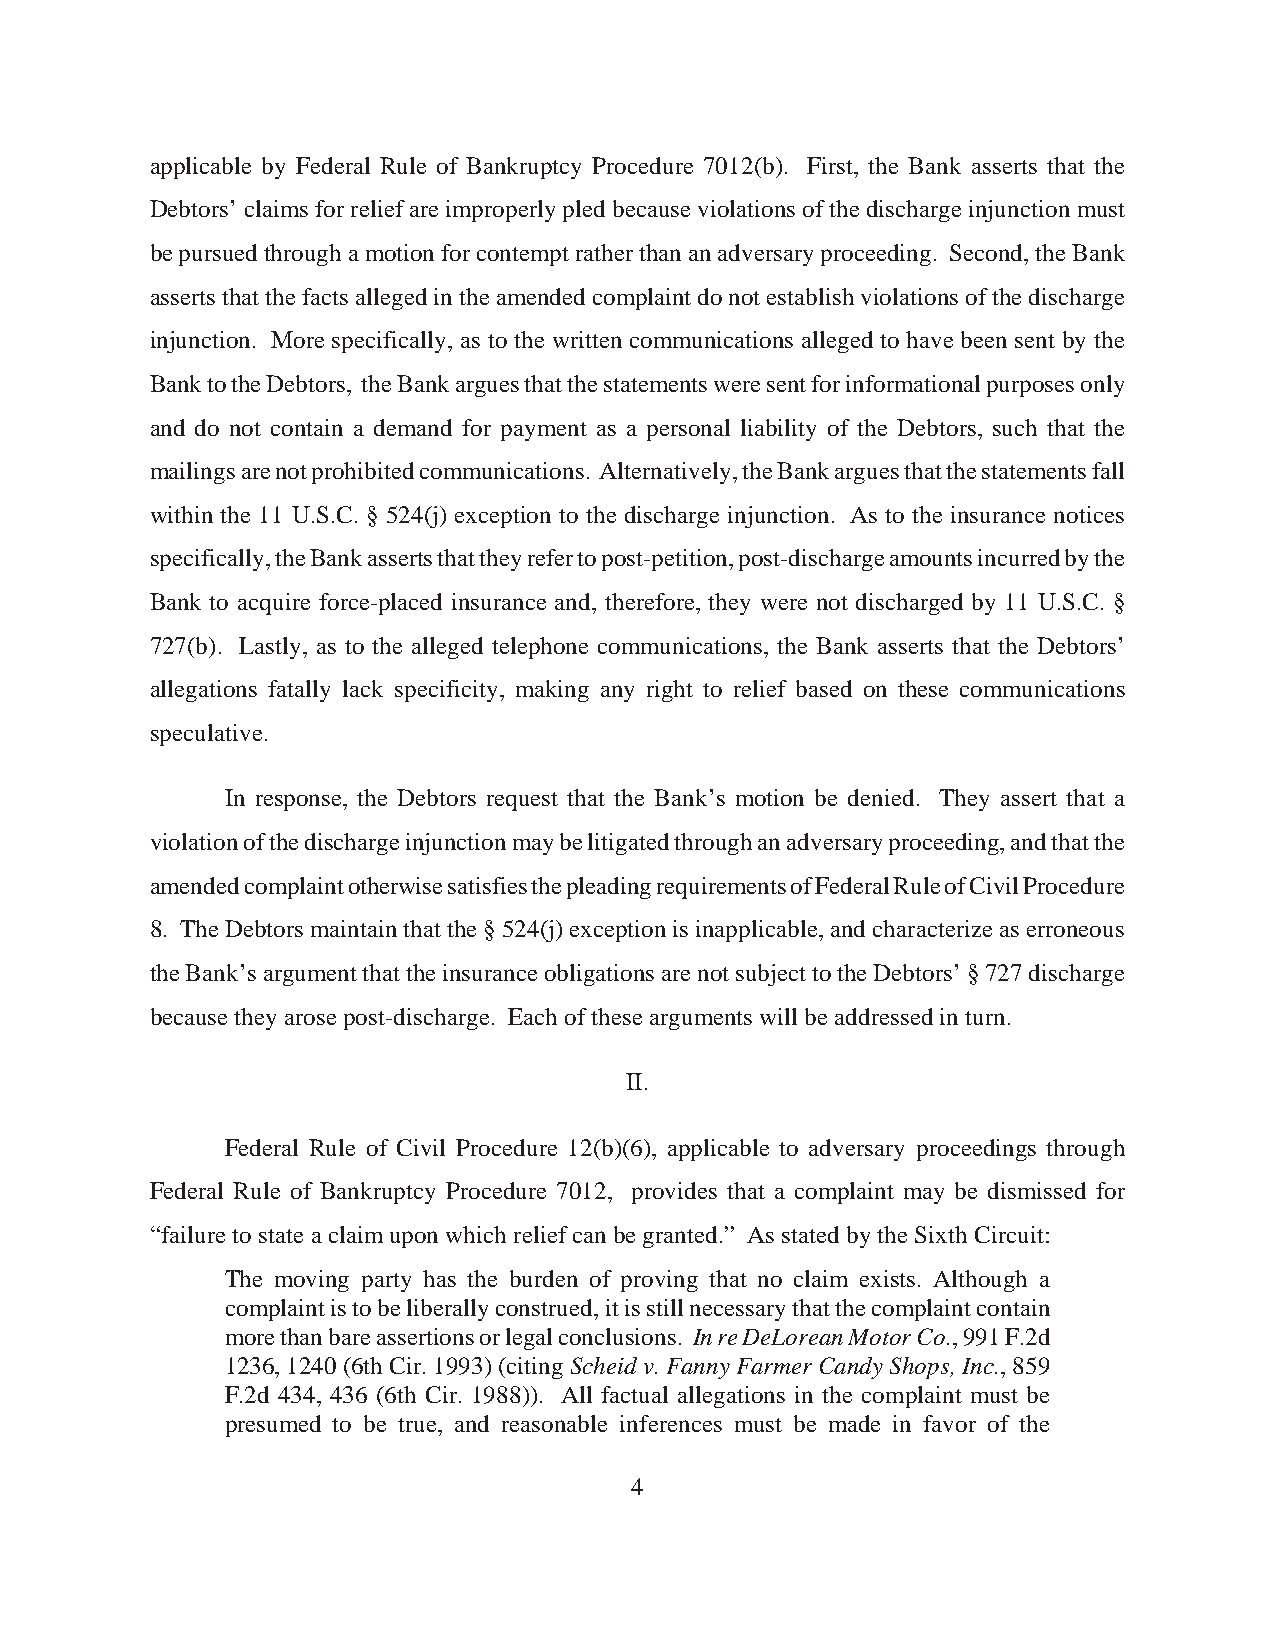
applicable by Federal Rule of Bankruptcy Procedure 7012(b). First, the Bank asserts that the
 Debtors’ claims for relief are improperly pled because violations of the discharge injunction must
 be pursued through a motion for contempt rather than an adversary proceeding. Second, the Bank
 asserts that the facts alleged in the amended complaint do not establish violations of the discharge
 injunction. More specifically, as to the written communications alleged to have been sent by the
 Bank to the Debtors, the Bank argues that the statements were sent for informational purposes only
 and do not contain a demand for payment as a personal liability of the Debtors, such that the
 mailings are not prohibited communications. Alternatively, the Bank argues that the statements fall
 within the 11 U.S.C. § 524(j) exception to the discharge injunction. As to the insurance notices
 specifically, the Bank asserts that they refer to post-petition, post-discharge amounts incurred by the
 Bank to acquire force-placed insurance and, therefore, they were not discharged by 11 U.S.C. §
 727(b). Lastly, as to the alleged telephone communications, the Bank asserts that the Debtors’
 allegations fatally lack specificity, making any right to relief based on these communications
 speculative.
 In response, the Debtors request that the Bank’s motion be denied. They assert that a
 violation of the discharge injunction may be litigated through an adversary proceeding, and that the
 amended complaint otherwise satisfies the pleading requirements of Federal Rule of Civil Procedure
 8. The Debtors maintain that the § 524(j) exception is inapplicable, and characterize as erroneous
 the Bank’s argument that the insurance obligations are not subject to the Debtors’ § 727 discharge
 because they arose post-discharge. Each of these arguments will be addressed in turn.
 II.
 Federal Rule of Civil Procedure 12(b)(6), applicable to adversary proceedings through
 Federal Rule of Bankruptcy Procedure 7012, provides that a complaint may be dismissed for
 “failure to state a claim upon which relief can be granted.” As stated by the Sixth Circuit:
 The moving party has the burden of proving that no claim exists. Although a
 complaint is to be liberally construed, it is still necessary that the complaint contain
 more than bare assertions or legal conclusions. In re DeLorean Motor Co., 991 F.2d
 1236, 1240 (6th Cir. 1993) (citing Scheid v. Fanny Farmer Candy Shops, Inc., 859
 F.2d 434, 436 (6th Cir. 1988)). All factual allegations in the complaint must be
 presumed to be true, and reasonable inferences must be made in favor of the
 4